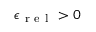
\epsilon _ { \mathrm { ~ r ~ e ~ l ~ } } > 0